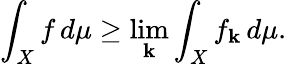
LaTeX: \int_{X}f\, d\mu\geq\operatorname*{lim}_{\mathbf{k}}\int_{X}f_{\mathbf{k}}\, d\mu.